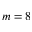
m = 8